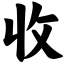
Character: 收